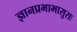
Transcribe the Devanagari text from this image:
ज्ञानप्रभाभासुराः